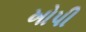
ખોપી